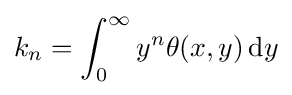
{k_{n}}=\int _{0}^{\infty }{y^{n}\theta (x,y)\,\mathrm {d} y}